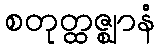
စတုတ္ထဇ္ဈာနံ